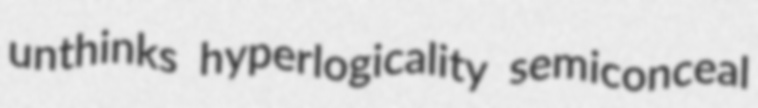
unthinks hyperlogicality semiconceal